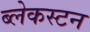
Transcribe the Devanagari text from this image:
ब्लेकस्टन